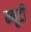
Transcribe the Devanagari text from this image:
म्बूटी